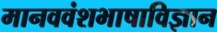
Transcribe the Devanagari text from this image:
मानववंशभाषाविज्ञान